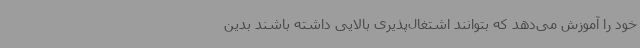
خود را آموزش می‌دهد که بتوانند اشتغال‌پذیری بالایی داشته باشند بدین